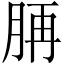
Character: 𦛍